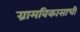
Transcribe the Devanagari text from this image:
ग्रामविकासाची